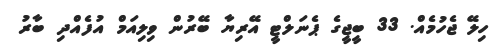
ހިލޭ ޖެހުމެއް. 33 ބީޖީގެ ޕެނަލްޓީ އޭރިޔާ ބޭރުން ވިލިއަމް އުފެއްދި ބާރު